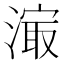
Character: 𰜼